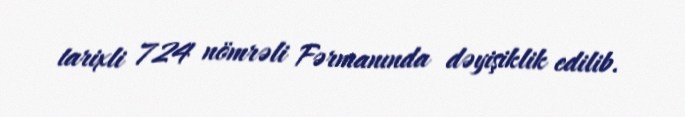
tarixli 724 nömrəli Fərmanında dəyişiklik edilib.